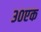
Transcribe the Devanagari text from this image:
३०एक